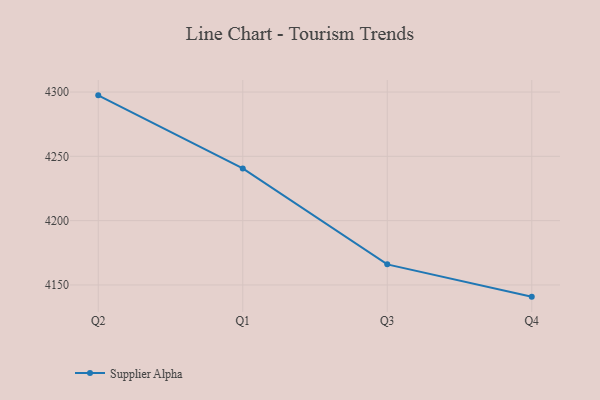
{"axis": {"x": "Quarter", "y": "Market Share (%)"}, "legend": ["Supplier Alpha"], "data": [{"x": "Q2", "y": 4297.4, "type": "Supplier Alpha"}, {"x": "Q1", "y": 4240.6, "type": "Supplier Alpha"}, {"x": "Q3", "y": 4166.0, "type": "Supplier Alpha"}, {"x": "Q4", "y": 4140.9, "type": "Supplier Alpha"}]}